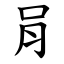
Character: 肙